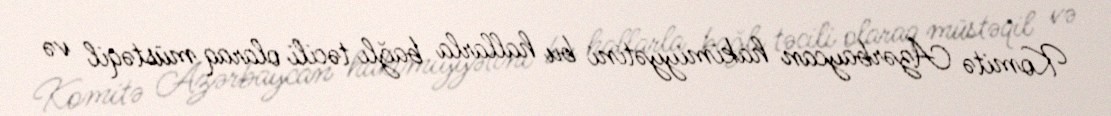
Komitə Azərbaycan hakimiyyətini bu hallarla bağlı təcili olaraq müstəqil və